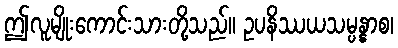
ဤလူမျိုးကောင်းသားတို့သည်။ ဥပနိဿယသမ္ပန္နာစ၊